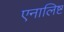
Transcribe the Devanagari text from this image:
एनालिष्ट